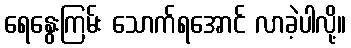
ရေနွေးကြမ်း သောက်ရအောင် လာခဲ့ပါလို့။